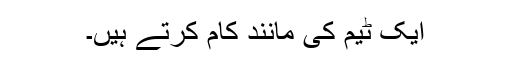
ایک ٹیم کی مانند کام کرتے ہیں۔